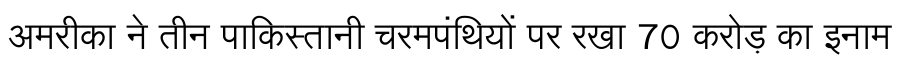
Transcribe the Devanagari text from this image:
अमरीका ने तीन पाकिस्तानी चरमपंथियों पर रखा 70 करोड़ का इनाम